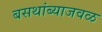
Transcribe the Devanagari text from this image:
बसथांब्याजवळ